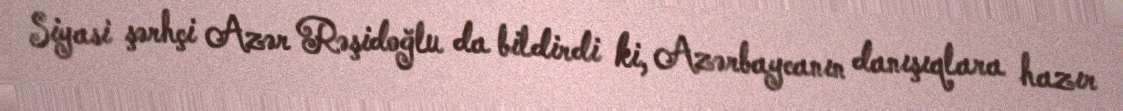
Siyasi şərhçi Azər Rəşidoğlu da bildirdi ki, Azərbaycanın danışıqlara hazır